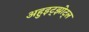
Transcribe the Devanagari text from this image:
अहुइट्झोट्ल